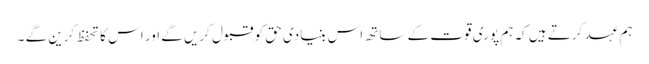
ہم عہد کرتے ہیں کہ ہم پوری قوت کے ساتھ اس بنیادی حق کو قبول کریں گے اور اس کا تحفظ کرین گے ۔